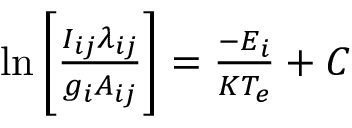
\begin{array} { r } { \ln { \bigg [ \frac { I _ { i j } \lambda _ { i j } } { g _ { i } A _ { i j } } \bigg ] } = \frac { - E _ { i } } { K T _ { e } } + C } \end{array}